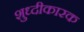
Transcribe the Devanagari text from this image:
शुध्दीकारक